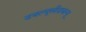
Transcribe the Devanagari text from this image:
डबल्यूसीडबल्यू